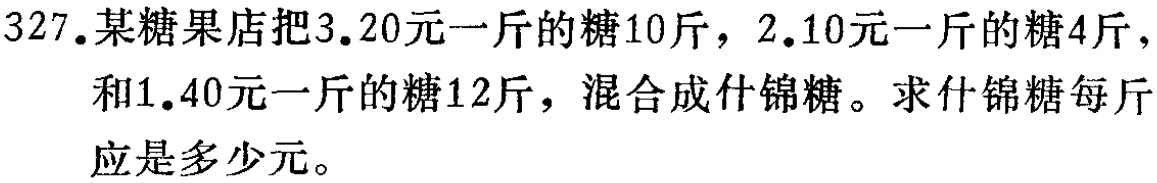
327.某糖果店把3.20元一斤的糖10斤，2.10元一斤的糖4斤，和1.40元一斤的糖12斤，混合成什锦糖。求什锦糖每斤应是多少元。